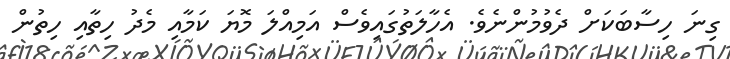
ގިނަ ހިސާބަކަށް ދެވުމުންނެވެ. އެހާލަތުގައިވެސް އަމިއްލަ މޮޔަ ކަމާއި މެދު ހިތާއި ހިތުން